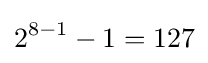
2^{8-1}-1=127